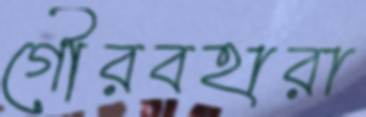
গৌরবহারা